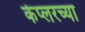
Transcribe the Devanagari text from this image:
केप्लरच्या